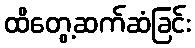
ထိတွေ့ဆက်ဆံခြင်း